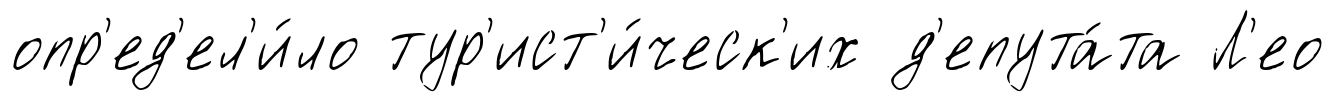
опр'ед'ел'и́ло тур'ист'и́ческ'их д'епута́та Л'ео